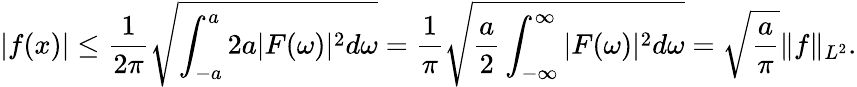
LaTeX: |f(x)|\leq{\frac{1}{2\pi}}{\sqrt{\int_{-a}^{a}2a|F(\omega)|^{2}d\omega}}={\frac{1}{\pi}}{\sqrt{{\frac{a}{2}}\int_{-\infty}^{\infty}|F(\omega)|^{2}d\omega}}={\sqrt{\frac{a}{\pi}}}\| f\| _{L^{2}}.